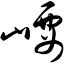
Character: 崾